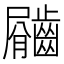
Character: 𪙇